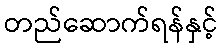
တည်ဆောက်ရန်နှင့်